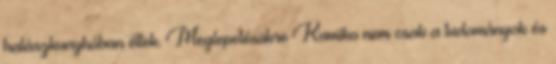
halászkunyhóban éltek. Meglepetésükre Kumiko nem csak a tudományok és